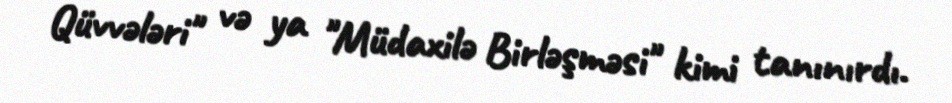
Qüvvələri" və ya "Müdaxilə Birləşməsi" kimi tanınırdı.